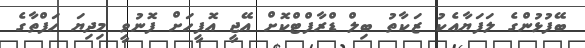
ބޭފުޅުންގެ ލަފަޔާއެކު ޒަކާތު ބިލް ޑްރާފްޓްކޮށް އޭޖީ އޮފީހަށް ފޮނުވީ މިދިޔަ ހަފްތާގެ